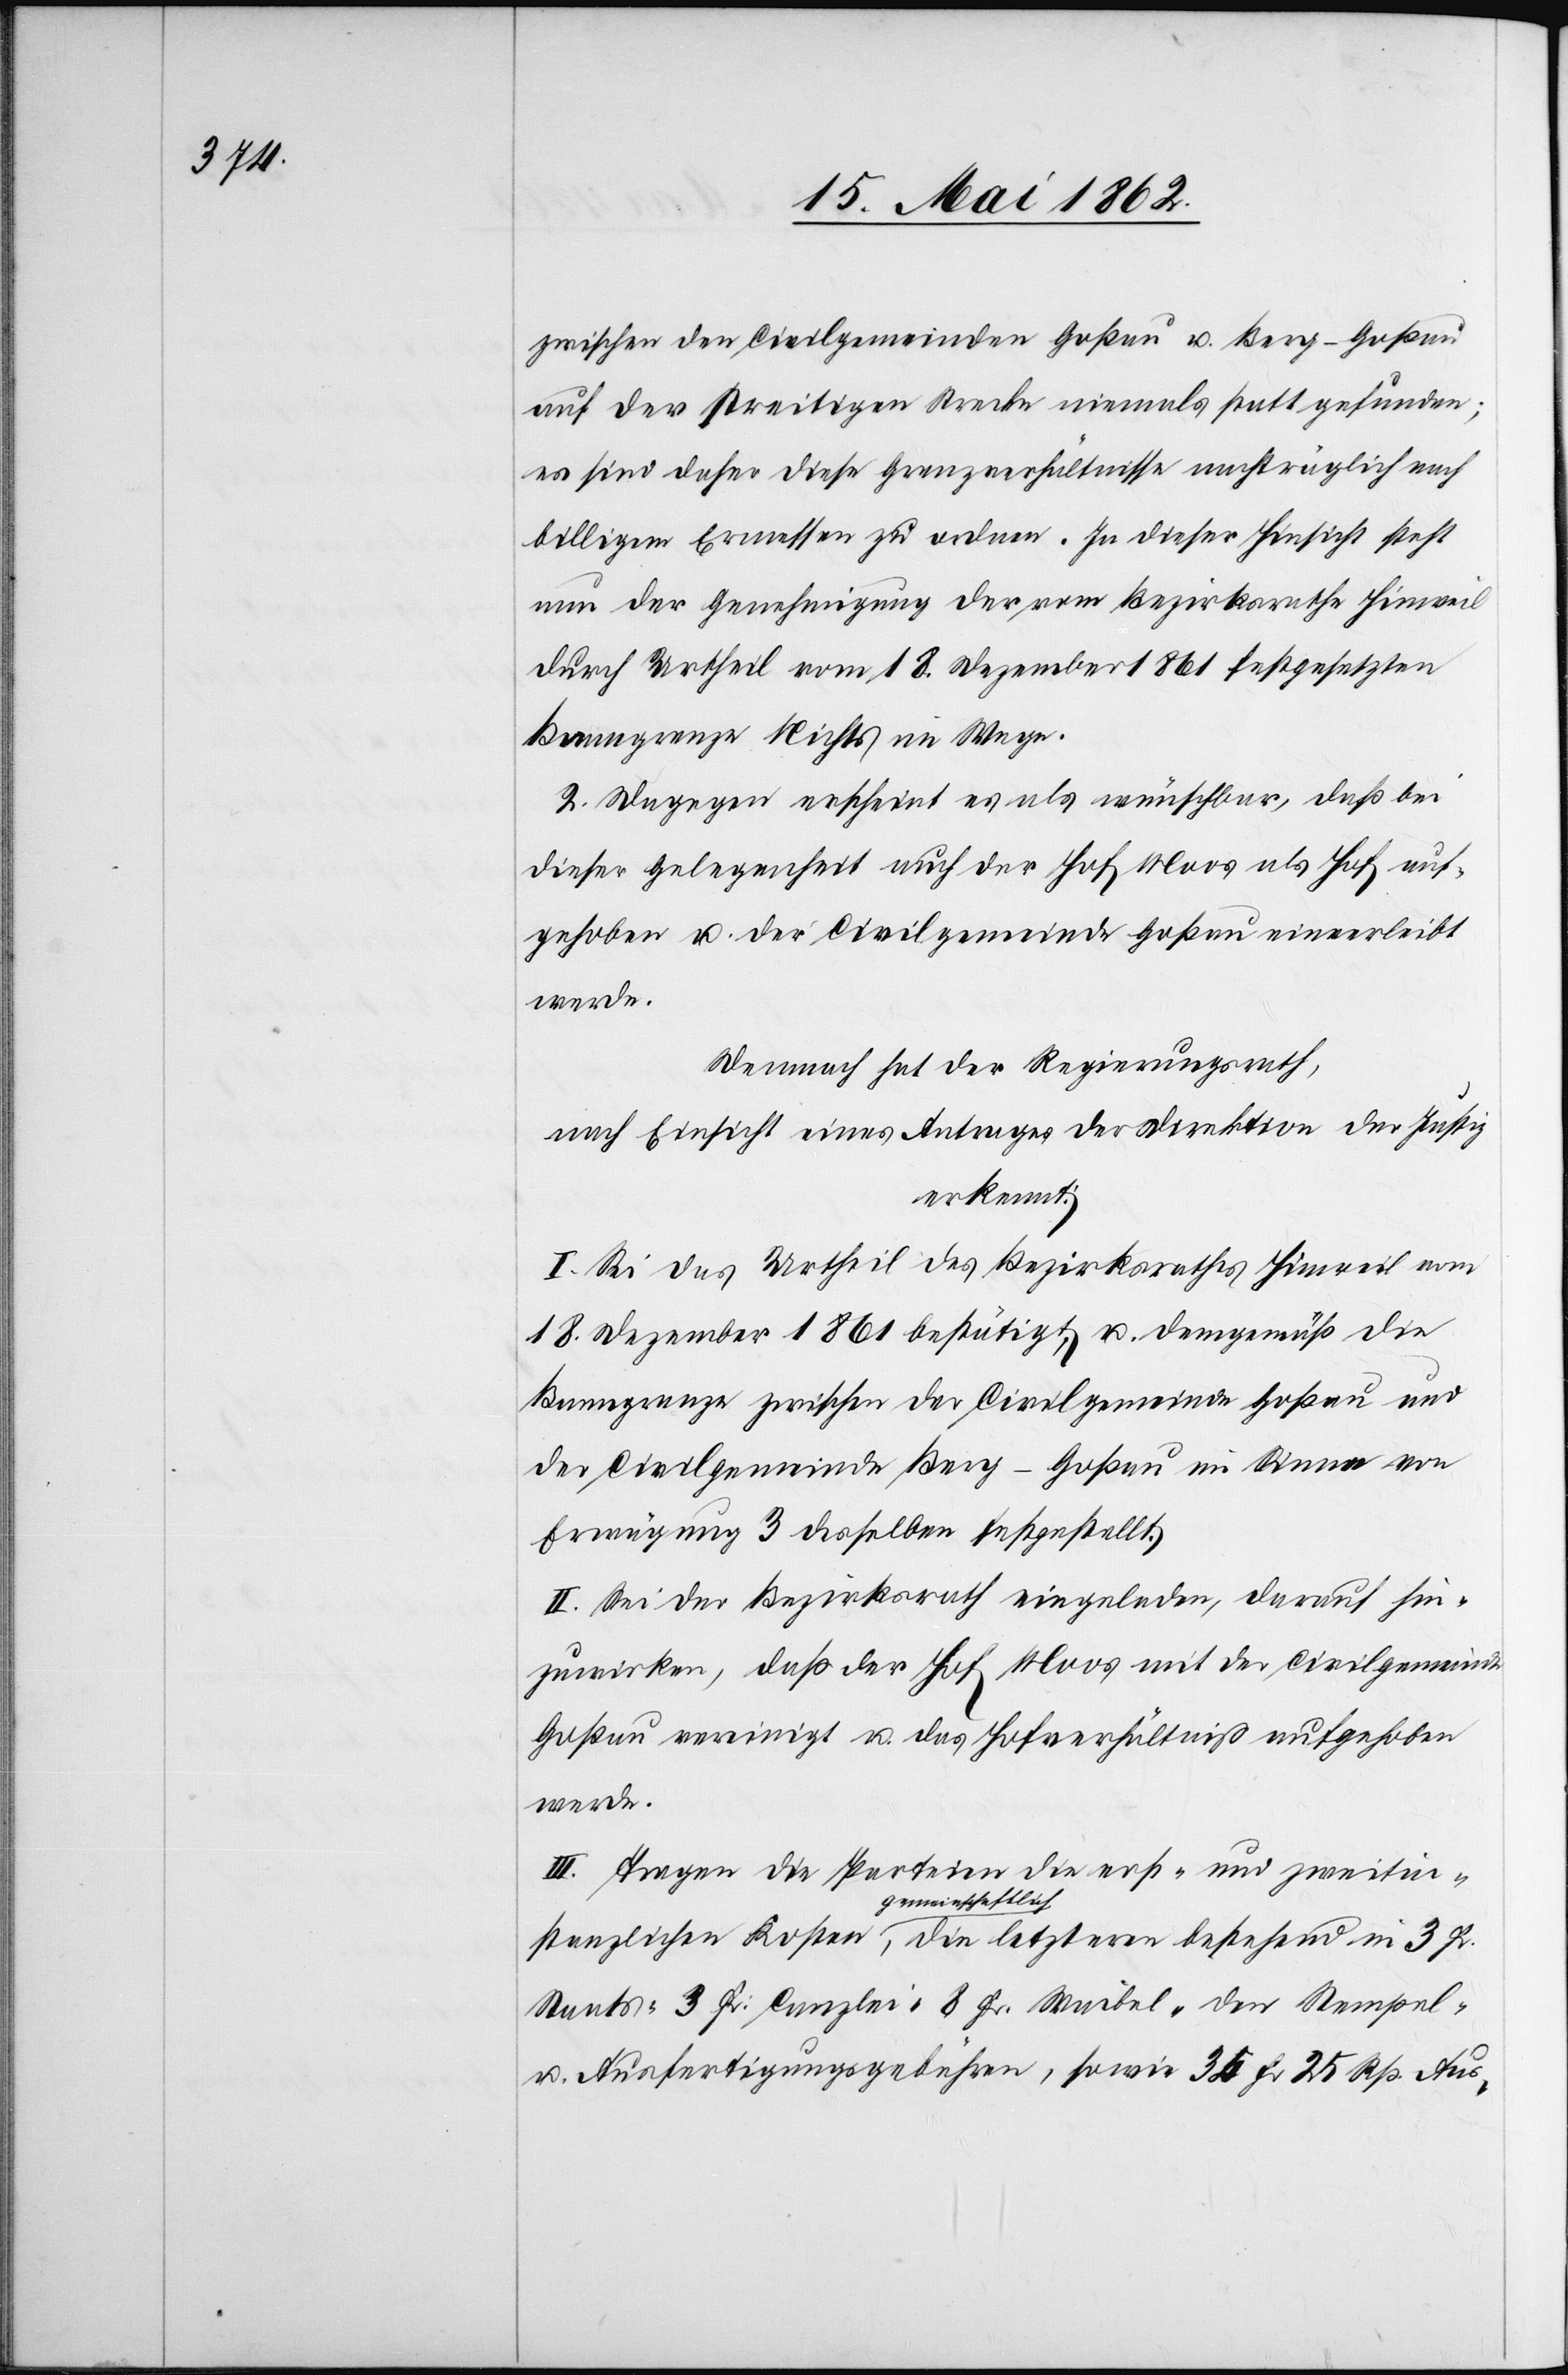
zwischen den Civilgemeinden Goßau u. Berg-Goßau
auf der streitigen Strecke niemals statt gefunden;
es sind daher diese Grenzverhältnisse nachträglich nach
billigem Ermessen zu ordnen. In dieser Hinsicht steht
nun der Genehmigung der vom Bezirksrathe Hinweil
durch Urtheil vom 18. Dezember 1861 festgesetzten
Banngrenze Nichts im Wege.
2. Dagegen erscheint es als wünschbar, daß bei
dieser Gelegenheit auch der Hof Moss als Hof auf¬
gehoben u. der Civilgemeinde Goßau einverleibt
werde.
Demnach hat der Regierungsrath,
nach Einsicht eines Antrages der Direktion der Justiz
erkennt:
I. Sei das Urtheil des Bezirksrathes Hinweil vom
18. Dezember 1861 bestätigt, u. demgemäß die
Banngrenze zwischen der Civilgemeinde Goßau und
der Civilgemeinde Berg–Goßau im Sinne von
Erwägung 3 desselben festgestellt.
II. Sei der Bezirksrath eingeladen, darauf hin¬
zuwirken, daß der Hof Moos mit der Civilgemeinde
Goßau vereinigt u. das Hofverhältniß aufgehoben
werde.
III. Tragen die Parteien die erst- und zweitin¬
stanzlichen Kosten gemeinschaftlich, die letzteren bestehend in 3 Fr.
Staats-[,] 3 Fr. Canzlei-[,] 8 Fr. Waibel-[,] den Stempel-
u. Ausfertigungsgebühren, sowie 24 Fr. 25 Rp. Aus-